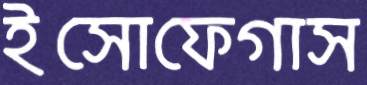
ইসোফেগাস